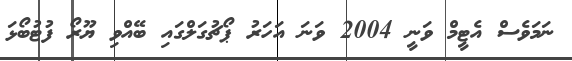
ނަމަވެސް އެޓީމް ވަނީ 2004 ވަނަ އަހަރު ޕޯޗުގަލްގައި ބޭއްވި ޔޫރޯ ފުޓުބޯޅަ